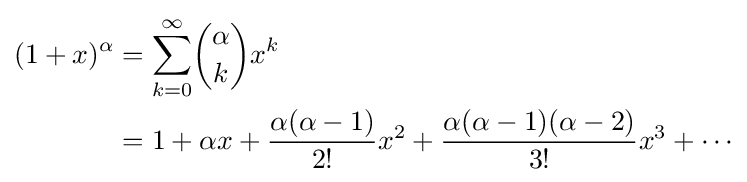
{\begin{aligned}(1+x)^{\alpha }&=\sum _{k=0}^{\infty }\!{\binom {\alpha }{k}}x^{k}\\&=1+\alpha x+{\frac {\alpha (\alpha -1)}{2!}}x^{2}+{\frac {\alpha (\alpha -1)(\alpha -2)}{3!}}x^{3}+\cdots \end{aligned}}